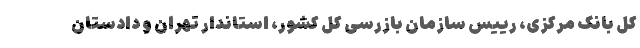
کل بانک مرکزی، رییس سازمان بازرسی کل کشور، استاندار تهران و دادستان